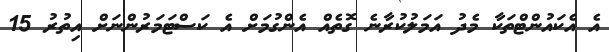
އެ އެކައުންޓްތަކާ މެދު އަމަލުކުރާނެ ގޮތެއް އެންގުމަށް އެ ކަސްޓަމަރުންނަށް އިތުރު 15